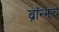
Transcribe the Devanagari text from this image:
ब्राॅन्झचे